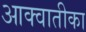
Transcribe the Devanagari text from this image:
आक्वातीका